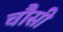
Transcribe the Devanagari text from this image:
चौसी